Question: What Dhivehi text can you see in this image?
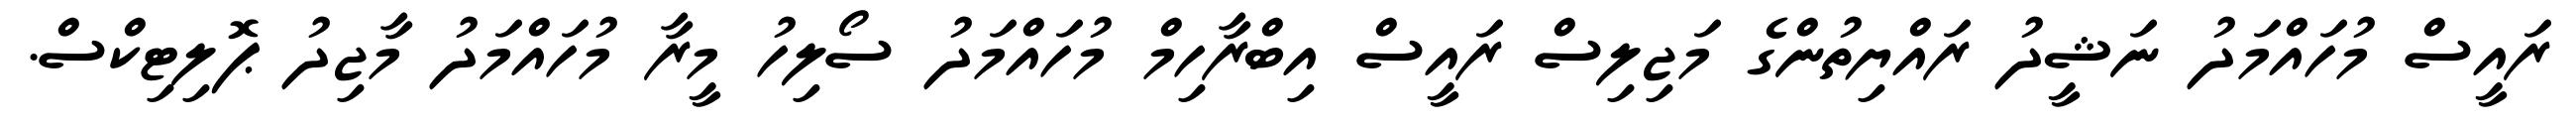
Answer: ރައީސް މުހައްމަދު ނަޝީދު ރައްޔިތުންގެ މަޖިލިސް ރައީސް އިބްރާހިމް މުހައްމަދު ސޯލިހު މީރާ މުހައްމަދު މާޖިދު ޕޮލިޓިކްސް.